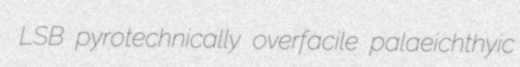
LSB pyrotechnically overfacile palaeichthyic